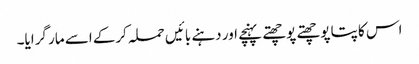
اس کا پتا پوچھتے پوچھتے پہنچے اور دہنے بائیں حملہ کرکے اسے مار گرایا۔